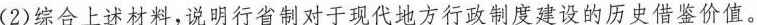
((2)综合上述材料，说明行省制对于现代地方行政制度建设的历史借鉴价值。